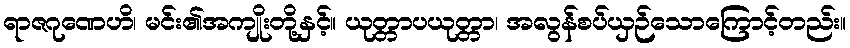
ရာဇဂုဏေဟိ၊ မင်း၏အကျိုးတို့နှင့်။ ယုတ္တာပယုတ္တာ၊ အလွန်စပ်ယှဉ်သောကြောင့်တည်း။